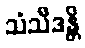
သံသီဒန္တိ